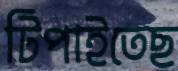
টিপাইতেছ